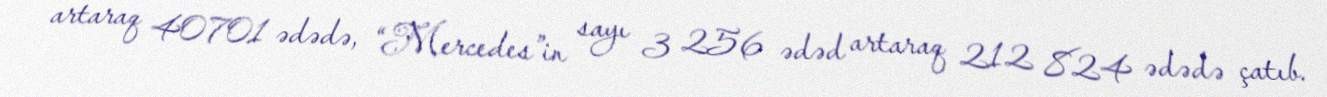
artaraq 40 701 ədədə, “Mercedes”in sayı 3 256 ədəd artaraq 212 824 ədədə çatıb.